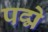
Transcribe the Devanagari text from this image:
पद्मे